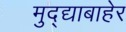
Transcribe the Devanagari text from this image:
मुद्द्याबाहेर